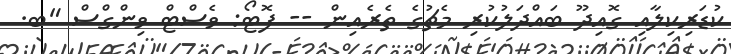
ކުޑަރިކިލާއި ގޮއިދޫ ބައްދަލުކުރި މެޗުގެ ތެރެއިން -- ފޮޓޯ: ވެސްޓް ވިންގްސް "ބ.